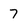
Character: 7